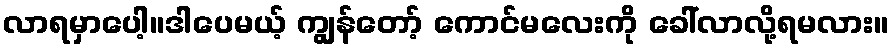
လာရမှာပေါ့။ဒါပေမယ့် ကျွန်တော့် ကောင်မလေးကို ခေါ်လာလို့ရမလား။